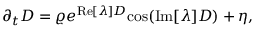
\partial _ { t } D = \varrho e ^ { \mathrm { R e } [ \lambda ] D } \mathrm { c o s } ( \mathrm { I m } [ \lambda ] D ) + \eta ,